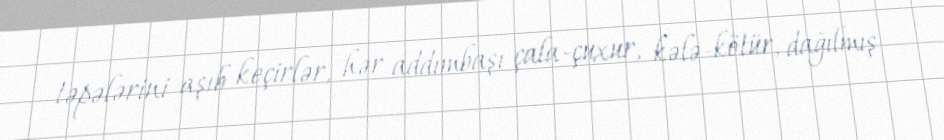
təpələrini aşıb keçirlər, hər addımbaşı çala-çuxur, kələ-kötür, dağılmış